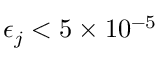
\epsilon _ { j } < 5 \times 1 0 ^ { - 5 }